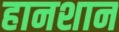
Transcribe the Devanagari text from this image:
हानशान